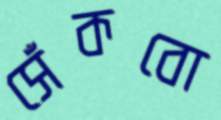
সেঁকবো